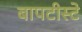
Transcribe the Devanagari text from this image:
बापटीस्टे